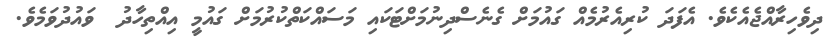
ދިވެހިރާއްޖެއެކެވެ. އެފަދަ ކުރިއެރުމެއް ގައުމަށް ގެނެސްދިނުމަށްޓަކައި މަސައްކަތްކުރުމަށް ގައުމީ އިއްތިހާދު  ވައުދުވަމެވެ.